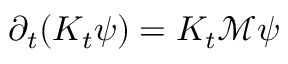
\partial _ { t } ( K _ { t } \psi ) = K _ { t } \mathcal M \psi